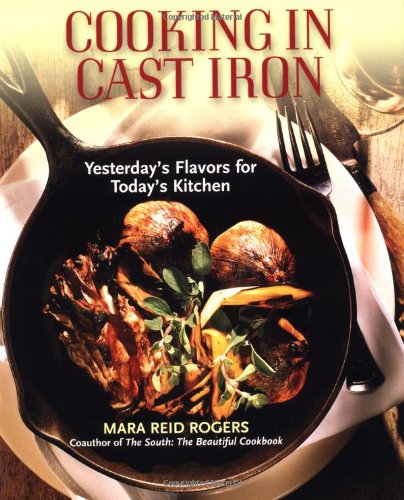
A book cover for Cooking in Cast Iron; Mara Reid Rogers; Cookbooks, Food & Wine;